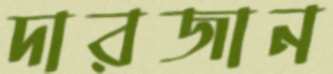
দারজান